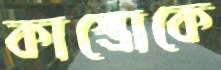
কাস্ত্রোকে